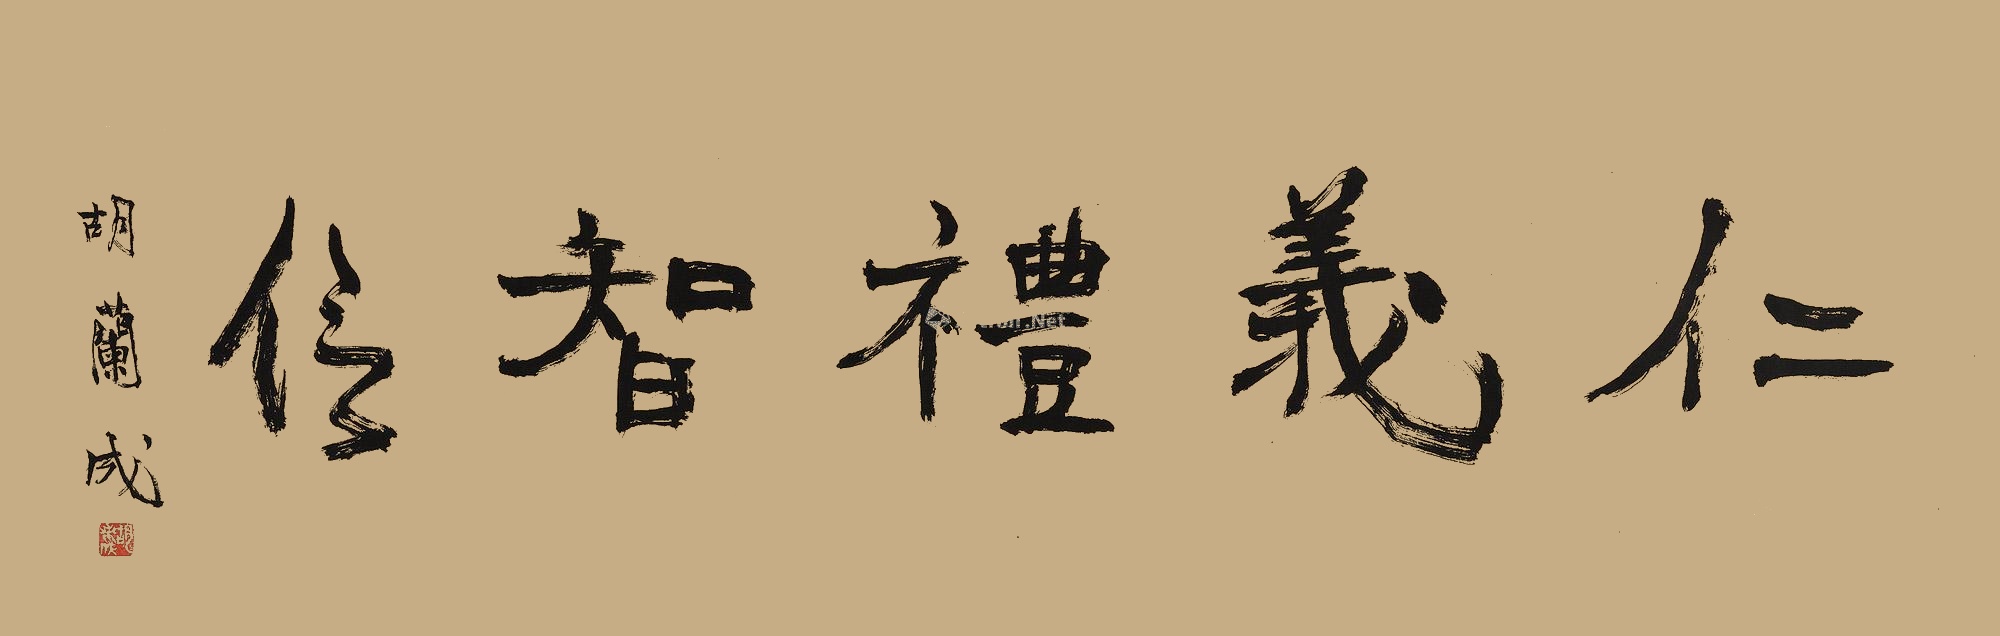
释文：仁义礼智信胡兰成